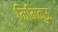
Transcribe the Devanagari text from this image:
मिमिकुऊ